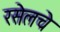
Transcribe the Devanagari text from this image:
रसेलचे